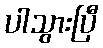
ပါသွားပြီ